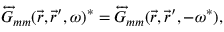
\overleftrightarrow { G } _ { m m } ( \vec { r } , \vec { r } ^ { \prime } , \omega ) ^ { * } = \overleftrightarrow { G } _ { m m } ( \vec { r } , \vec { r } ^ { \prime } , - \omega ^ { * } ) ,